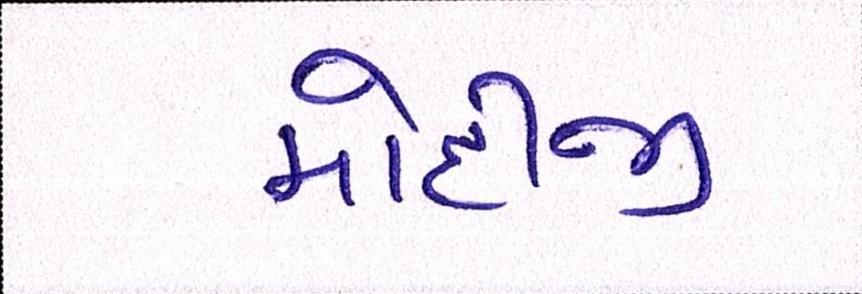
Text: મોદીજી